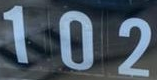
102